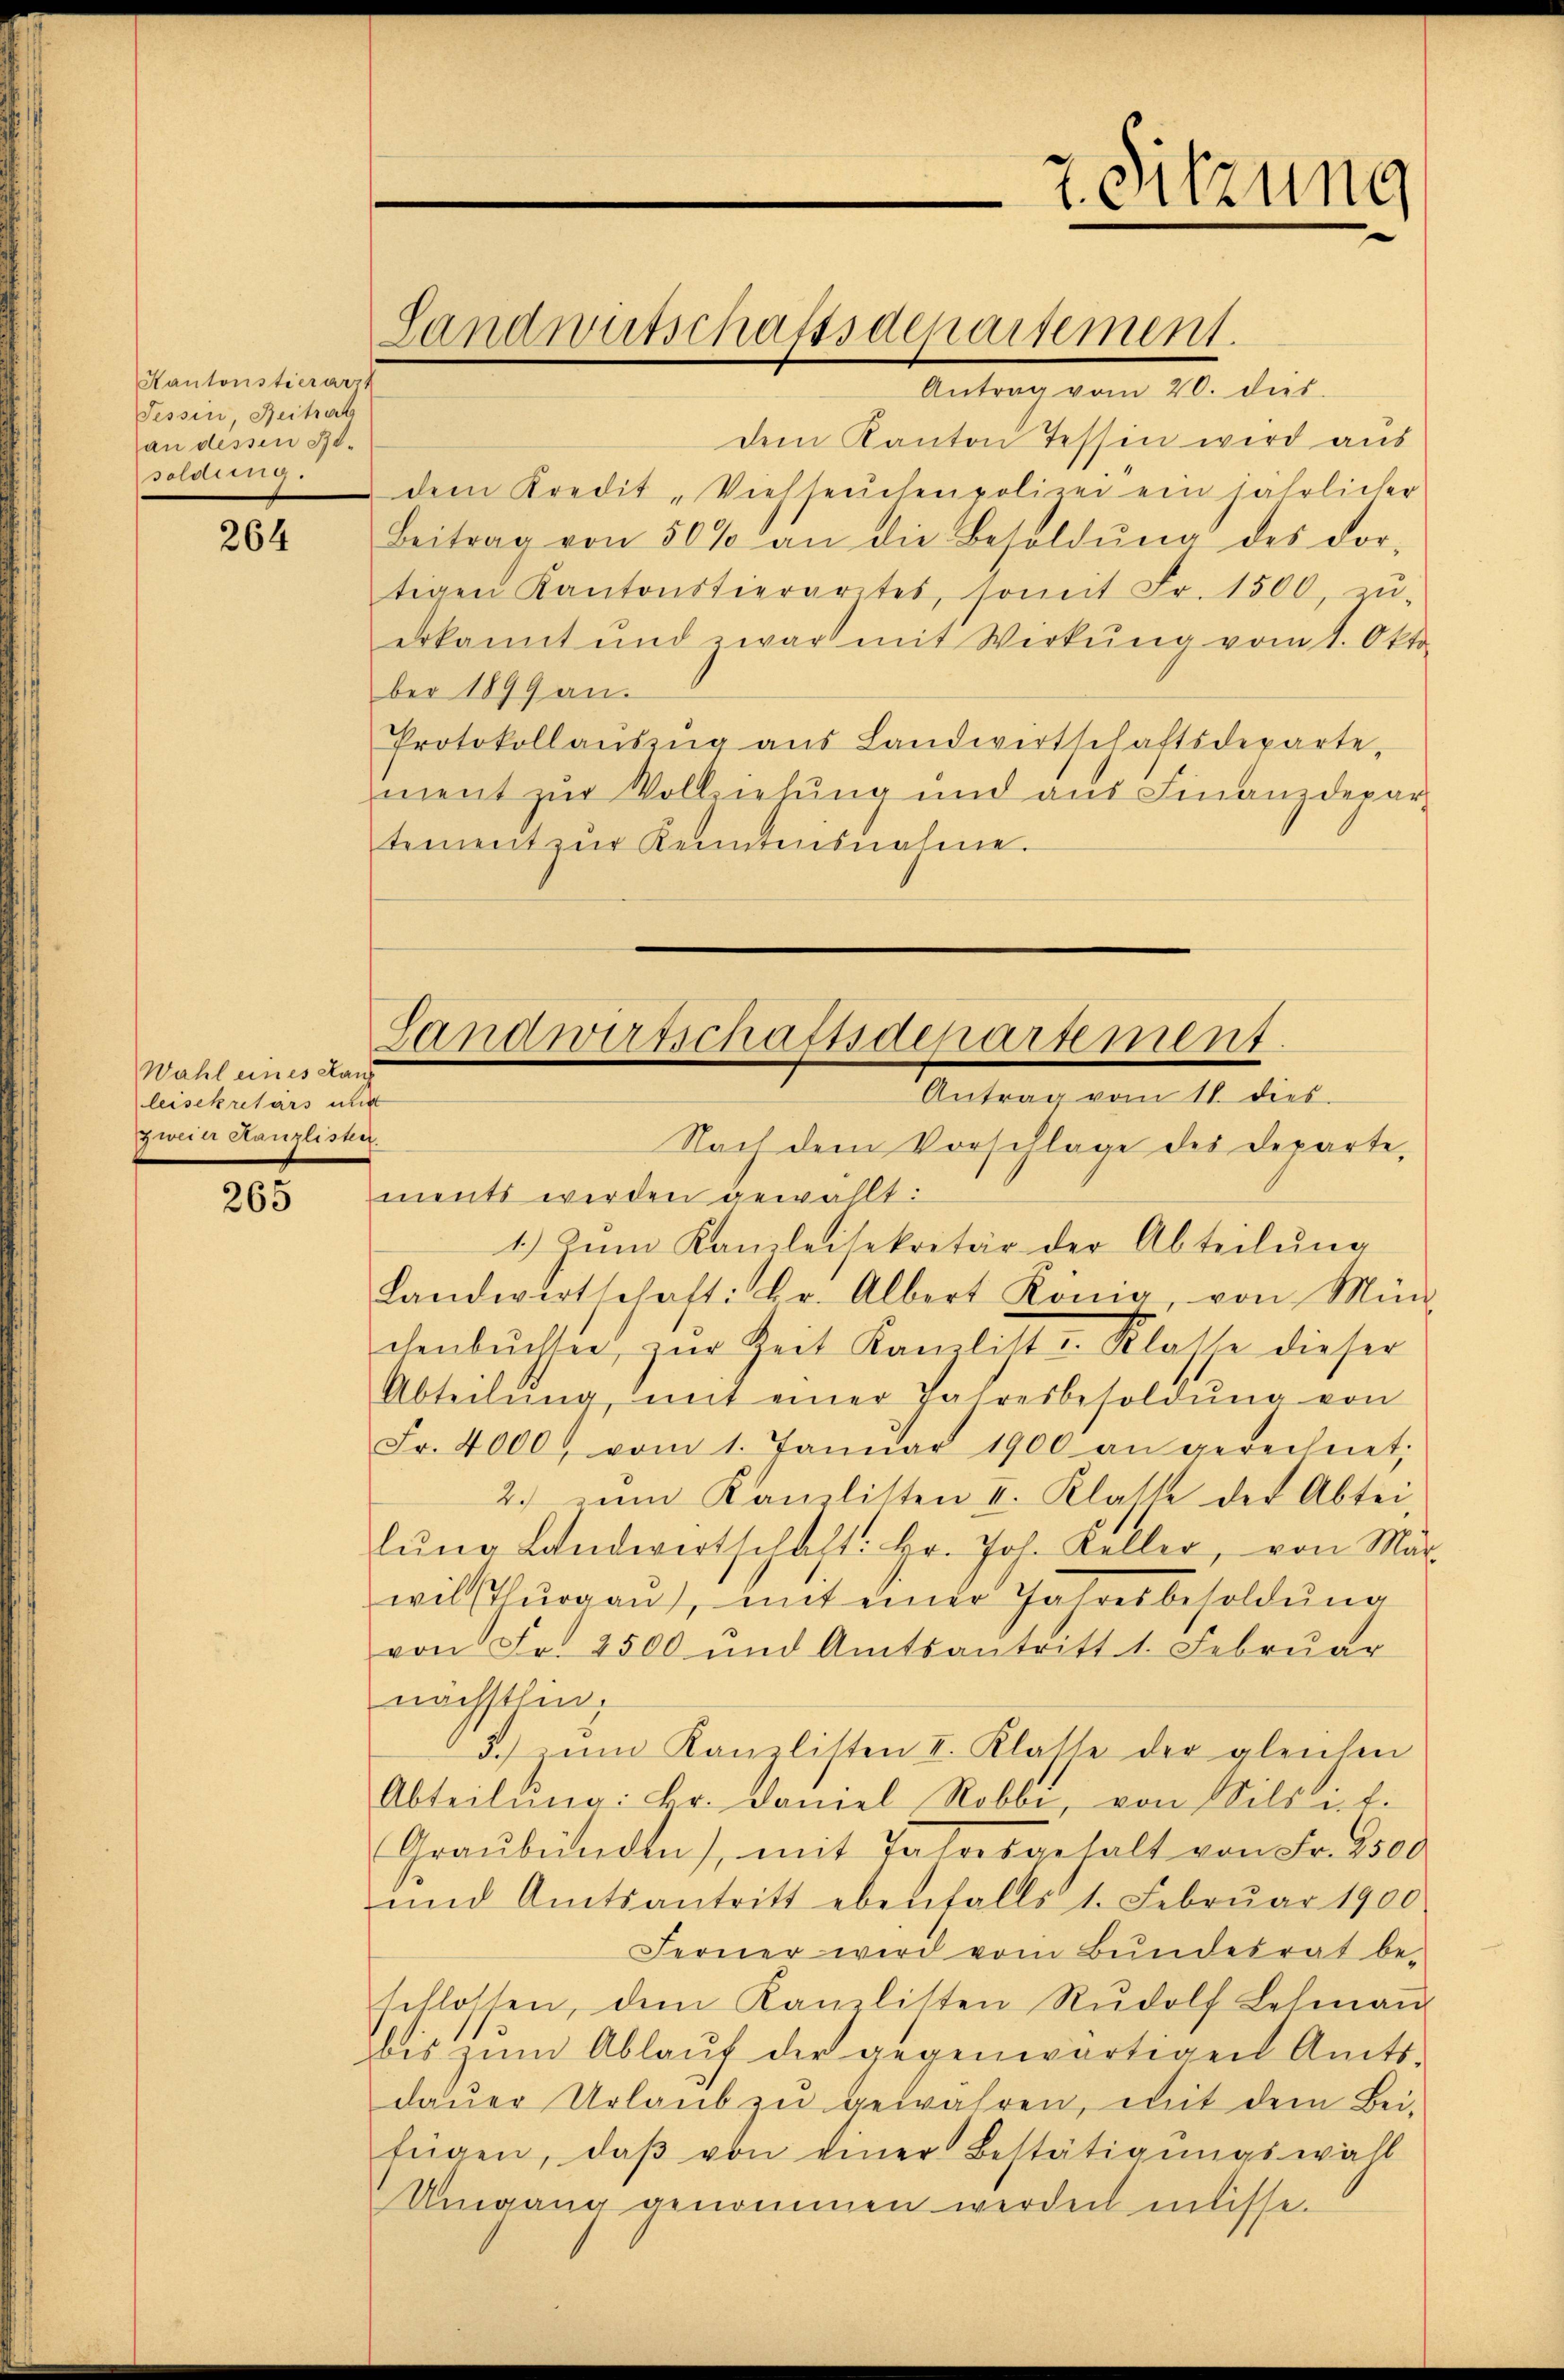
Kantonstierarzt
Tessin, Beitrat
an dessen Be¬
82

264

Wahl eines Kauf
leisekretärs mit
zweier Kanzlister.

265

Landwutschafssaepartement.

Antrag vom 20. dies
dem Kanton Tessin wird aus
dem Kredit „Viehseuchenpolizei ein jährlicher
Beitrag von 50% an die Besoldŭng des dor-
tigen Kantonstierartes, somit Fr. 1500, zŭ-
erkannt und zwar mit Werkŭng vom 1. Okto
ber 1899 an.
Protokollaŭszŭg aŭs Landwirtschaftsdeparte,
ment zŭr Vollziehŭng und aus Finanzdepar
tement zur Kenntensnahme.

7. Sitzung

Landwirtschaftsdepartement.
Antrag vom 11. dies

Nach dem Vorschlage des Departe,
ments werden gewählt:
1.) Zum Kanzleisekretär der Abteilŭng
Landwirtschaft: Hr. Albert König, von Mün-
chenbüchen, zur Zeit Kamlicht-Klasse dieser
Abteilŭng, mit einer Jahresbesoldŭng von
Fr. 4000 vom 1. Janŭar 1900 an gerechnet,
2. zum Kanzlisten II. Klatte der Abtei-
lŭng Landwertschaft: Hr. Joh. Keller, von Mär
wilshurgau), mit einer Jahresbesoldung
von Fr. 2500 und Amtsantritt 1. Febrŭar
nächstlin,
3.) Dem Kanzlisten I. Klatte der gleichen
Abteilŭng: kr. Daniel Robbe, von Sils ist.
Graubünden), mit Jahresgehalt von Fr. 2500
und Amtsantritt ebenfalls 1. Februar 1900
Ferner wird vom Bundesrat be-
schlossen, dem Kanzlisten Rŭdolf Lehman
bis zum Ablauf der gegenwärtigen Amts-
daŭer Urlaŭb zŭ gewahren, mit dem Bei-
fügen, daβ von einer Bestätigŭngswall
Umgang genommen werden müsse.